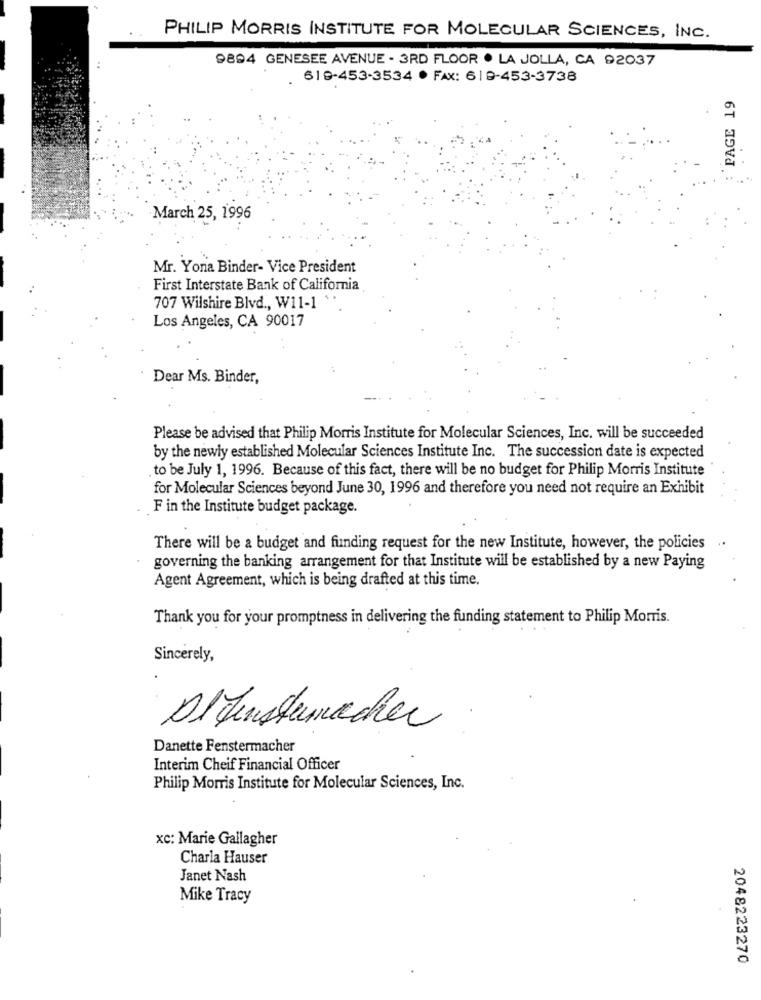
PHILIP MORRIS INSTITUTE FOR MOLECULAR SCIENCES, INC.
9894 GENESEE AVENUE - 3RD FLOOR . LA JOLLA, CA 92037
619-453-3534 · FAX: 619-453-3738
PAGE 19
March 25, 1996
Mr. Yona Binder- Vice President
First Interstate Bank of California
707 Wilshire Blvd ., W11-1 .
Los Angeles, CA 90017
Dear Ms. Binder,
Please be advised that Philip Morris Institute for Molecular Sciences, Inc. will be succeeded
by the newly established Molecular Sciences Institute Inc. The succession date is expected
to be July 1, 1996. Because of this fact, there will be no budget for Philip Morris Institute
for Molecular Sciences beyond June 30, 1996 and therefore you need not require an Exhibit
F in the Institute budget package.
..
There will be a budget and funding request for the new Institute, however, the policies
governing the banking arrangement for that Institute will be established by a new Paying
Agent Agreement, which is being drafted at this time.
Thank you for your promptness in delivering the funding statement to Philip Morris.
Sincerely,
Alfenstermacher
Danette Fenstermacher
Interim Cheif Financial Officer
Philip Morris Institute for Molecular Sciences, Inc.
xc: Marie Gallagher
Charla Hauser
Janet Nash
Mike Tracy
2048223270